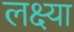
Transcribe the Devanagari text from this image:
लक्ष्‍या